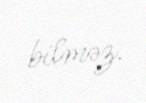
bilməz.